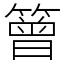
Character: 䉕